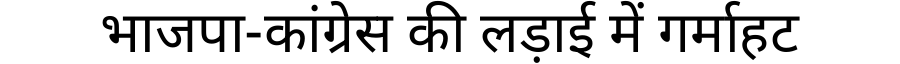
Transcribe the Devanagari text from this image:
भाजपा-कांग्रेस की लड़ाई में गर्माहट